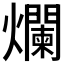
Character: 爛